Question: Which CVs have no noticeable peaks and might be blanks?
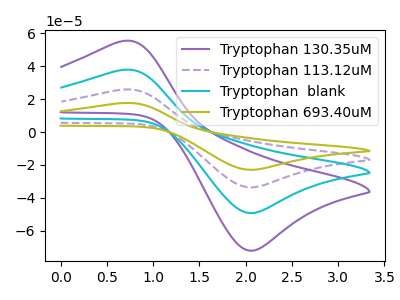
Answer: <think>The purple curve "Tryptophan 130.35uM" has an anodic peak at (0.65V, 55.20uA) and a cathodic peak at (2.05V, -72.10uA). The purple dashed curve "Tryptophan 113.12uM" has an anodic peak at (0.65V, 75.40uA) and a cathodic peak at (2.05V, -98.50uA). The cyan curve "Tryptophan  blank" has an anodic peak at (0.65V, 37.70uA) and a cathodic peak at (2.05V, -49.25uA). The olive curve "Tryptophan 693.40uM" has an anodic peak at (0.65V, 113.10uA) and a cathodic peak at (2.05V, -147.70uA).</think>
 <answer>There are not any CV's on this graph that are likely to be blanks.</answer>
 <eval>none</eval>